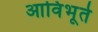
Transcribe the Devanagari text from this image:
आविभूर्त